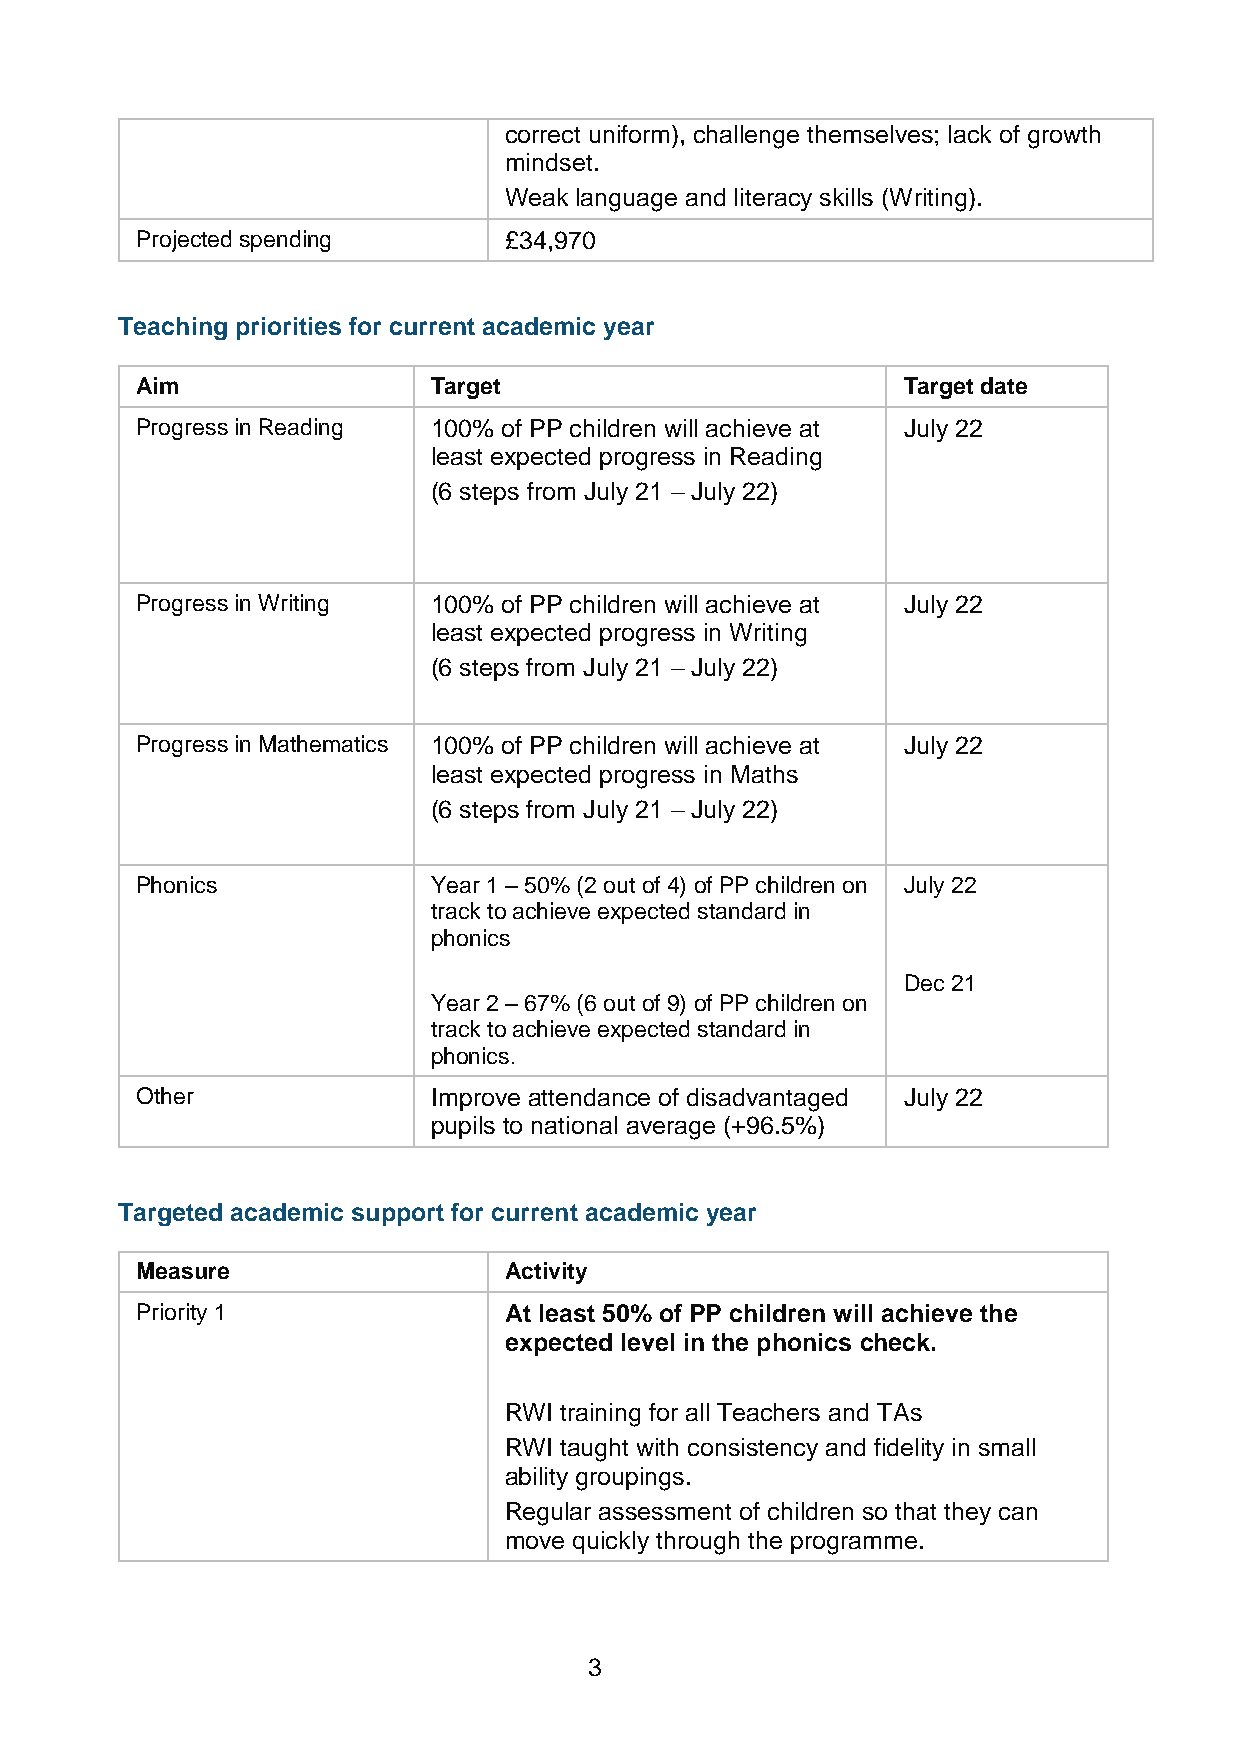
correct uniform), challenge themselves; lack of growth
 mindset.
 Weak language and literacy skills (Writing).
 Projected spending      £34,970
 Teaching priorities for current academic year
 Aim                 Target                         Target date
 Progress in Reading 100% of PP children will achieve at July 22
 least expected progress in Reading
 (6 steps from July 21 – July 22)
 Progress in Writing 100% of PP children will achieve at July 22
 least expected progress in Writing
 (6 steps from July 21 – July 22)
 Progress in Mathematics 100% of PP children will achieve at July 22
 least expected progress in Maths
 (6 steps from July 21 – July 22)
 Phonics             Year 1 – 50% (2 out of 4) of PP children on July 22
 track to achieve expected standard in
 phonics
 Dec 21
 Year 2 – 67% (6 out of 9) of PP children on
 track to achieve expected standard in
 phonics.
 Other               Improve attendance of disadvantaged July 22
 pupils to national average (+96.5%)
 Targeted academic support for current academic year
 Measure                 Activity
 Priority 1              At least 50% of PP children will achieve the
 expected level in the phonics check.
 RWI training for all Teachers and TAs
 RWI taught with consistency and fidelity in small
 ability groupings.
 Regular assessment of children so that they can
 move quickly through the programme.
 3